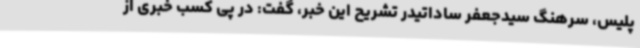
پلیس، سرهنگ سیدجعفر ساداتیدر تشریح این خبر، گفت: در پی کسب خبری از